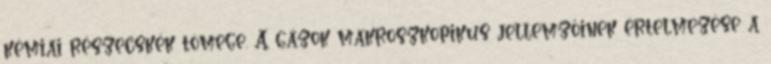
kémiai részecskék tömege. A gázok makroszkopikus jellemzőinek értelmezése a